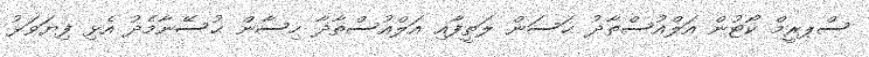
ސްޕރީމް ކޯޓުން އަލްއުސްތާޛު ޙަސަން ލަތީފާއި އަލްއުސްތާޛާ ހިސާން ޙުސޭނާމެދު އެޅި ފިޔަވަޅު